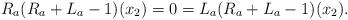
LaTeX: \begin{align*}R_a(R_a+L_a-1)(x_2)=0=L_a(R_a+L_a-1)(x_2).\end{align*}